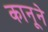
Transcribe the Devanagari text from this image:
कानूने